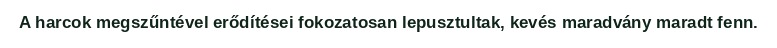
A harcok megszűntével erődítései fokozatosan lepusztultak, kevés maradvány maradt fenn.